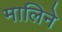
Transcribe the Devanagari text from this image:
मालिने